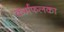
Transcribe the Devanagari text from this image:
कर्मफलका